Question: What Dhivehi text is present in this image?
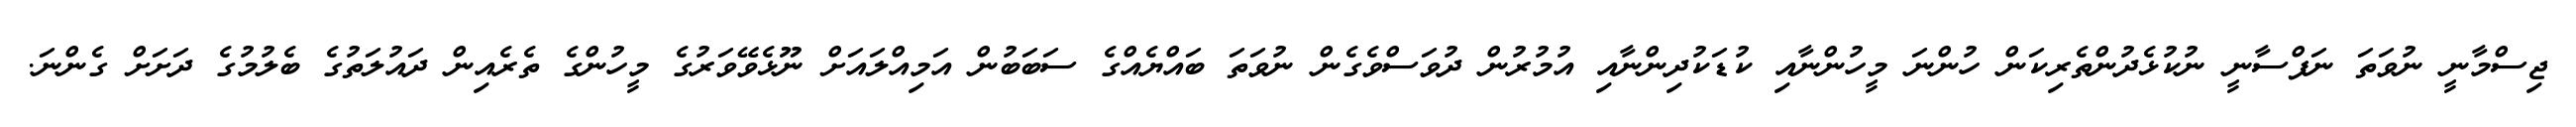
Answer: ޖިސްމާނީ ނުވަތަ ނަފްސާނީ ނުކުޅެދުންތެރިކަން ހުންނަ މީހުންނާއި ކުޑަކުދިންނާއި އުމުރުން ދުވަސްވެގެން ނުވަތަ ބައްޔެއްގެ ސަބަބުން އަމިއްލައަށް ނޫޅެވޭވަރުގެ މީހުންގެ ތެރެއިން ދައުލަތުގެ ބެލުމުގެ ދަށަށް ގެންނަ.